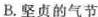
B.坚贞的气节